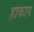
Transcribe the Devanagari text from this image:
हाकाप